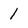
Character: 1